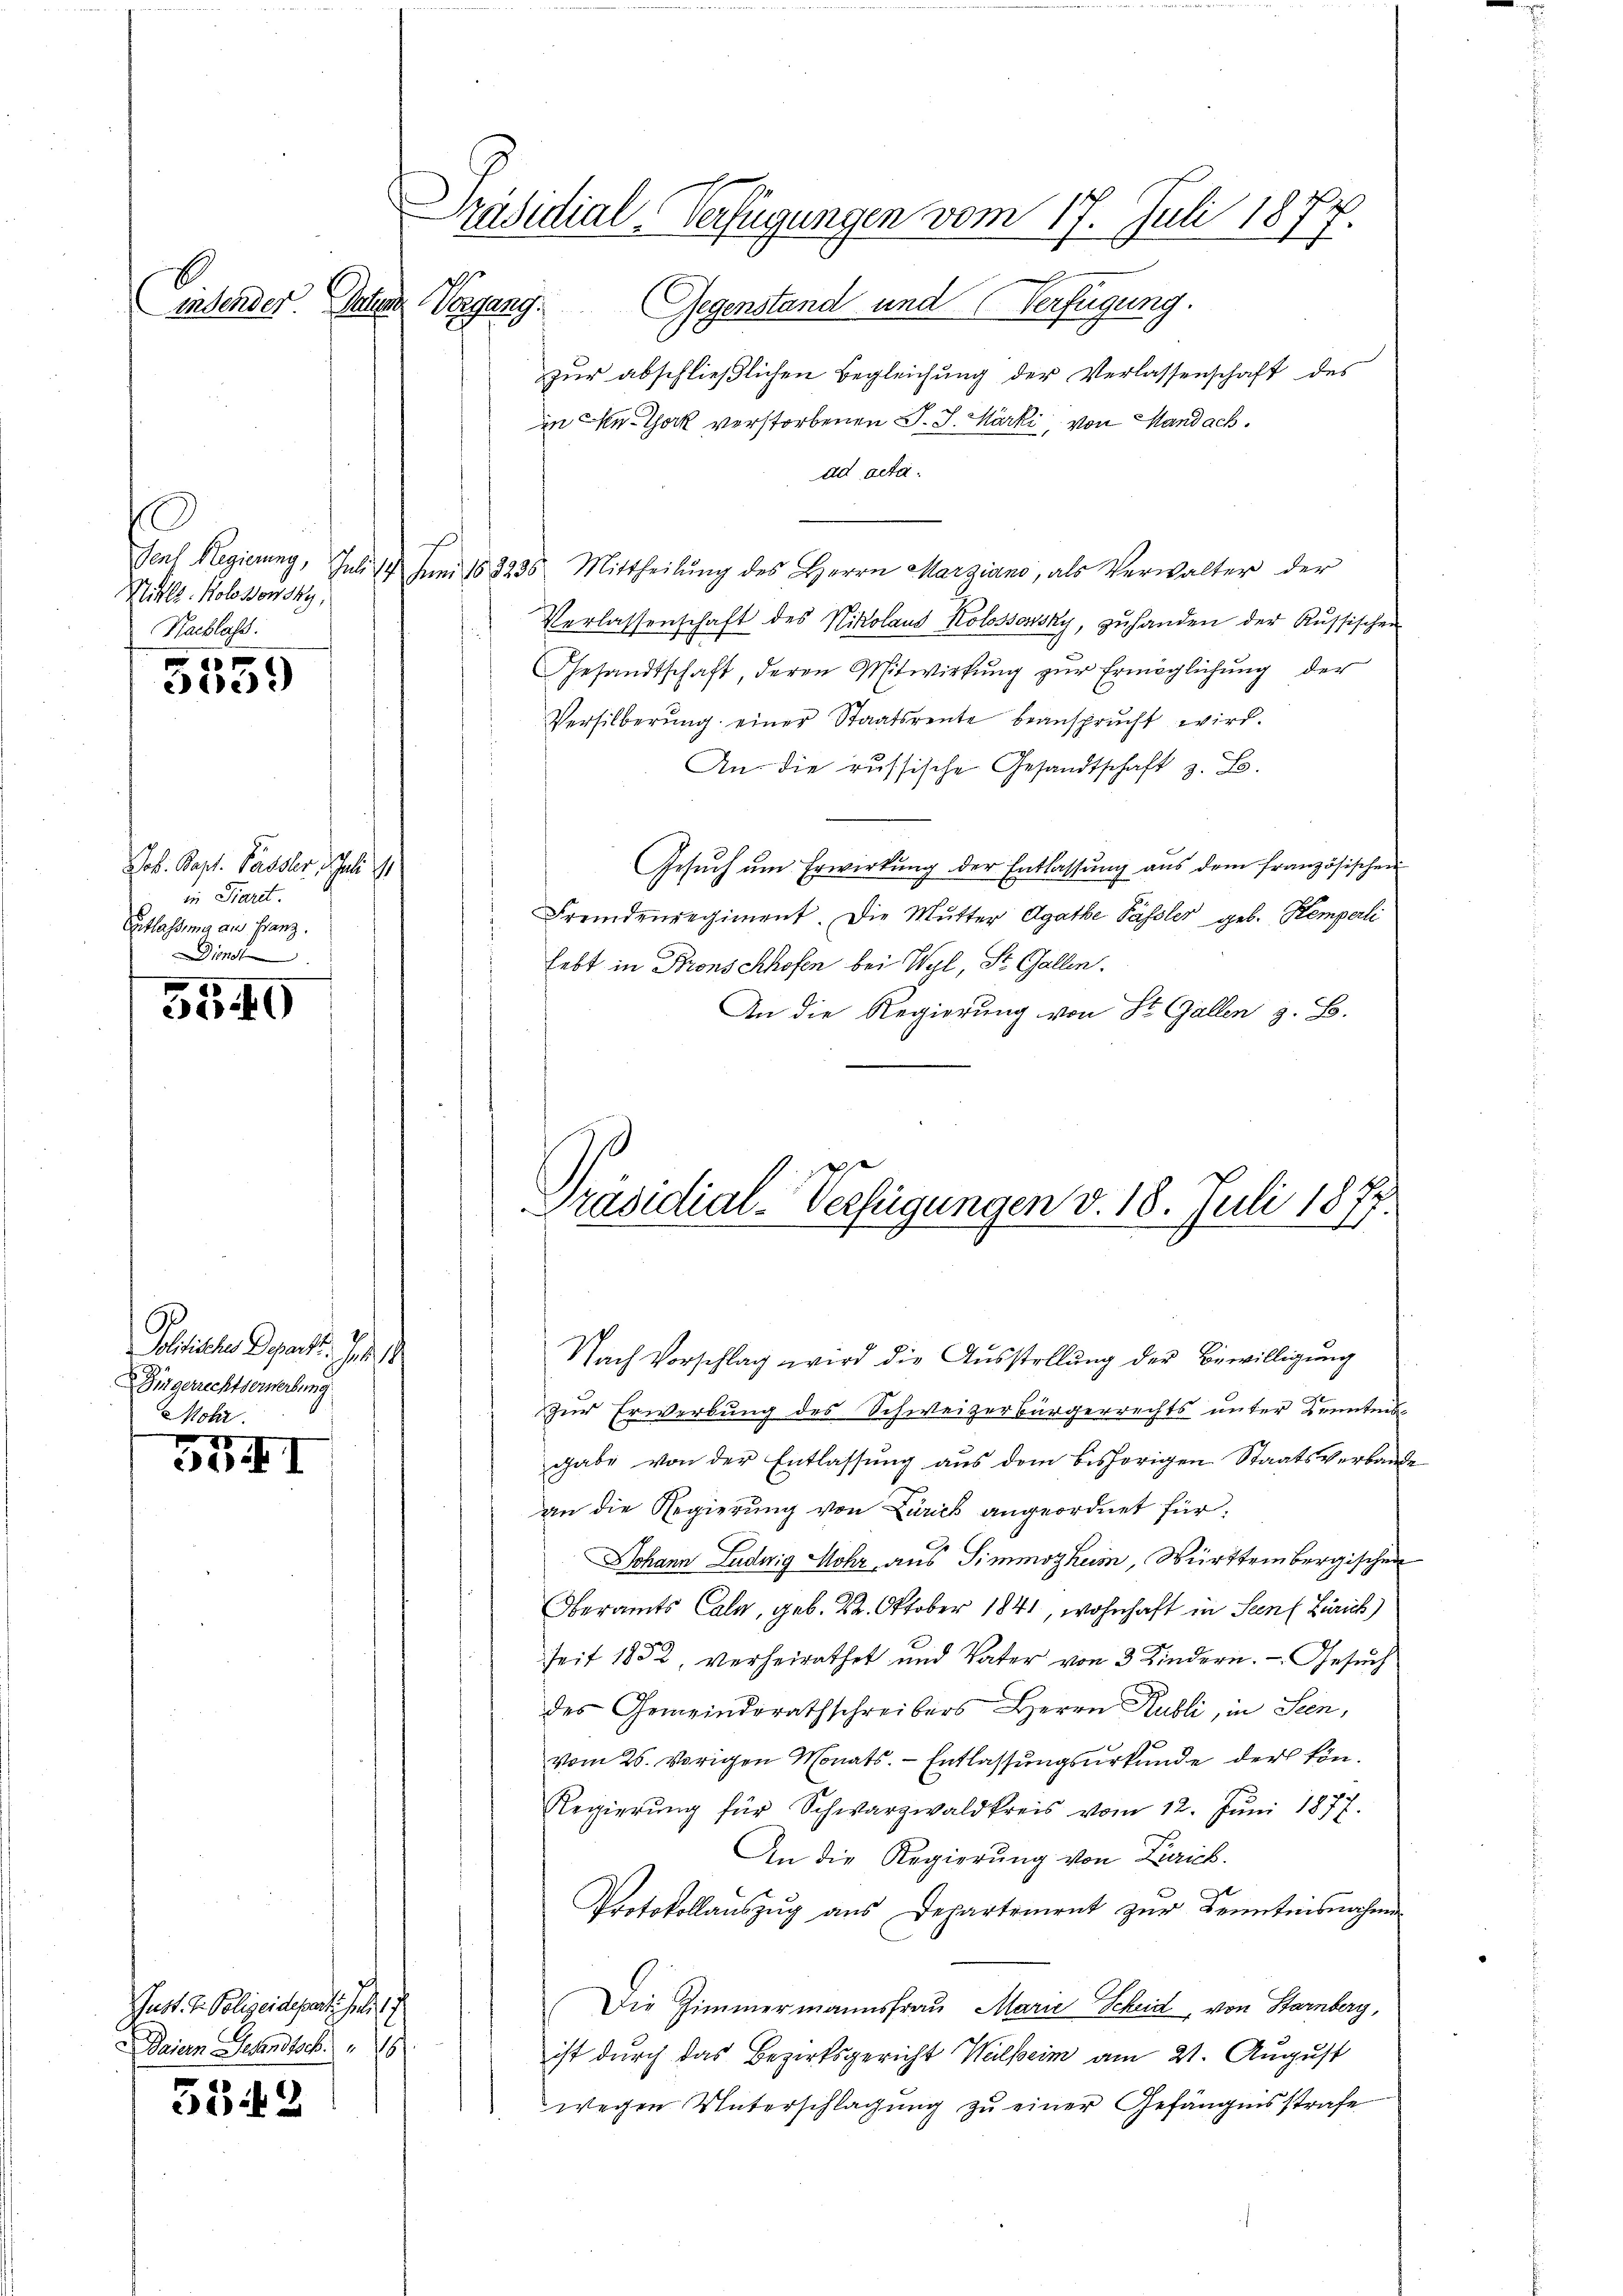
E
indender. Peten

C
Forch Regierung, Juli 18
Sittle. Holossowsky,
Nachlass.

0e

Job. Bapt. Passler, Juli 1
in Paret.
Entlassung an Franz.
Dienst

3540

Solitische Depart. Jos. 1
Dingerrechtserwerbung
Mohr.
20

3a) I

Gust. I. Polizeidepartie hi
Driern Gesandtsch. 16

5542

Präsidial-Verfügungen vom 17. Juli 1877.
Vergang. Gegenstand und Verfügung.

zur abschließlichen Begleichung der Verlassenschaft des
in u. Thock verstorbenen J. J. Märki, von Mandach.
ad acta.
mi 153235 Mittheilŭng des Herrn Marziano, als Verwalter der
Verlassenschaft des Nikolaus Kolossonsky, zuhanden der Russischen
Gesandtschaft, deren Mitwirkung zur Ermögleichung der
Versilberung einer Staatsreute beansprucht wird.
An die russische Gesandtschaft z. B.
Gesŭch ŭm Erwirkŭng der Entlassŭng aŭs dem französischen
Fremdenregiment. Die Mutter Agathe Pässler geb. Kemperli
lebt in Bronschhofen bei Wyl, St. Gallen.
An die Regierung von St. Gallen z. B.
Nach Vorschlag wird die Aŭsstellung der Bewilligung
zur Erwerbung des Schweizerbürgerrechts unter Kenntnis
gabe von der Entlassung aus dem bisherigen Staatsverbande
an die Regierung von Zürich angeordnet für
Johann Ludwig Mohr, aus Simmszhum, Württembergischen
Oberamts Cala, geb. 22. Oktober 1841, wohnhaft in Senf Zürich)
seit 1852, verheirathet und Vater von 3 Kindern. Gesuch
des Gemeinderathschreibers Herrn Rubli, in Seen,
vom 25. vorigen Monats. - Entlassungsurkunde der kön¬
Regierŭng für Schwarzwaldkreis vom 12. Jŭni 1877.
An die Regierung von Zürich.
Protokollaŭszŭg ans Departement zŭr Kenntnisnahmen
Die Zimmermannsfrau Marie Scheid, von Starnberg,
ist durch das Bezirksgericht Walheim am 21. August
wegen Unterschlagung zu einer Gefängensstrafe

Präsidial-Verfügungen v. 18. Juli 1877.